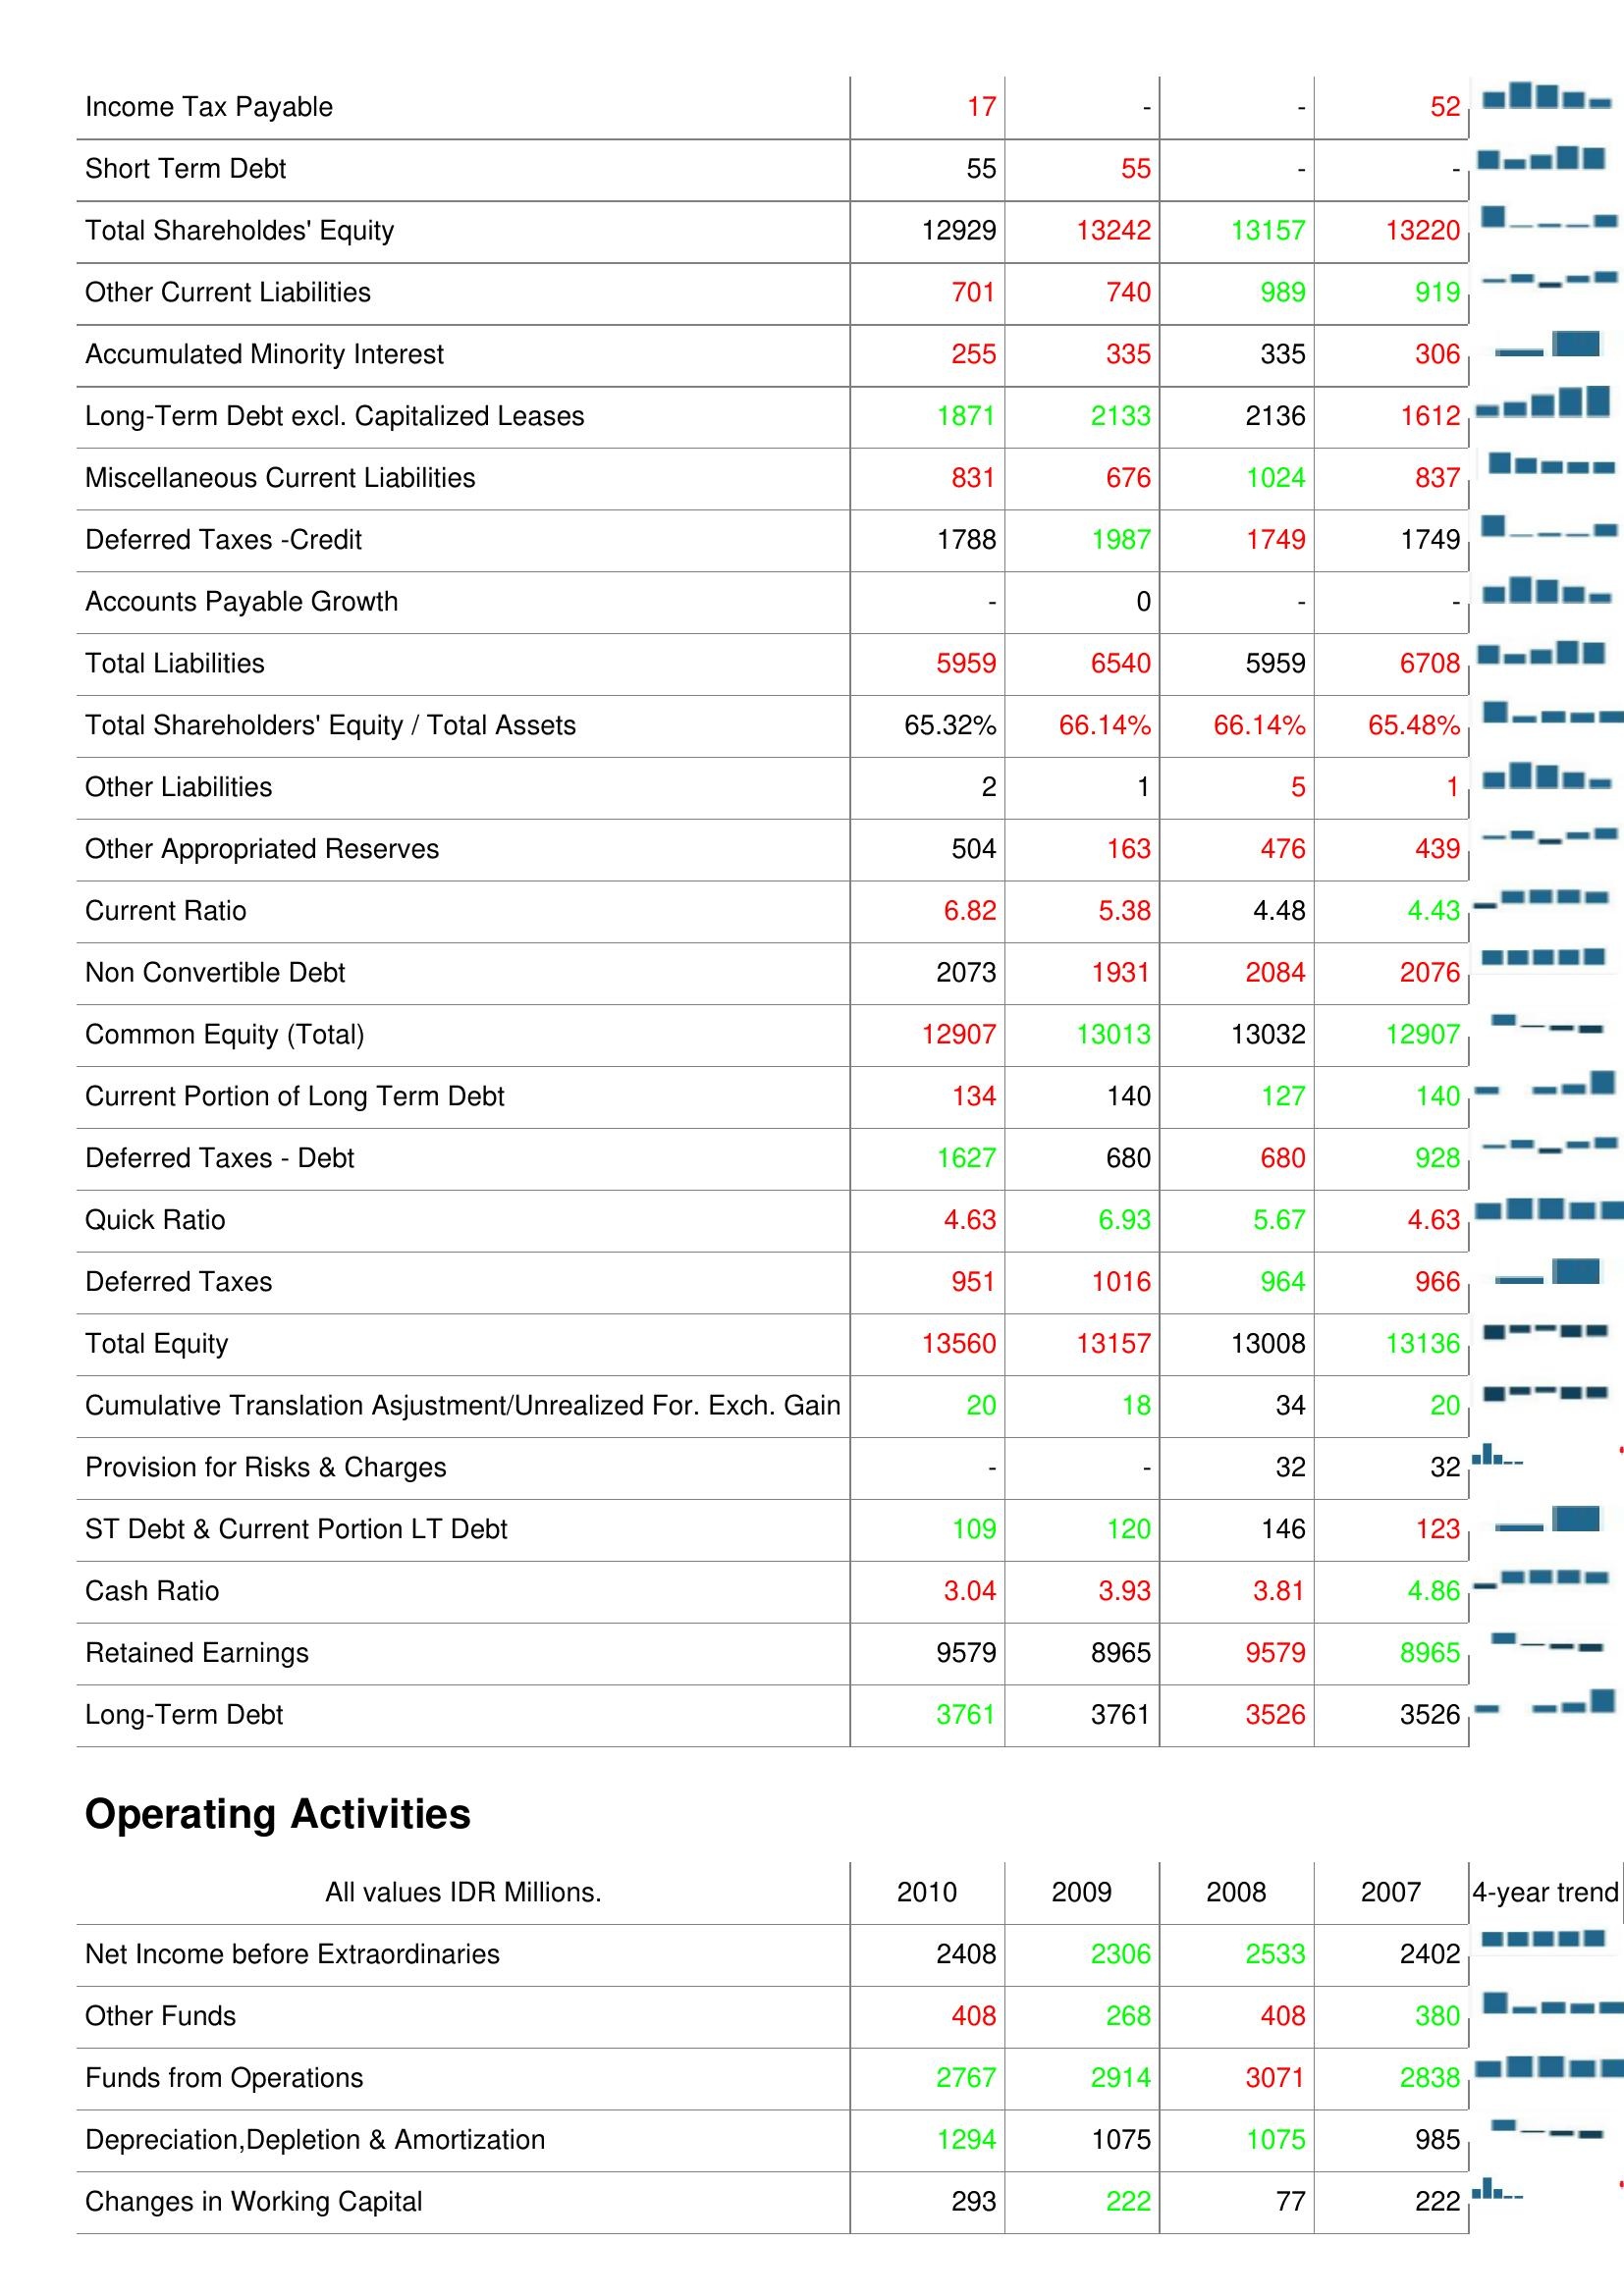
2010: Liabilities & Shareholder's Equity: Income Tax Payable: 17
Short Term Debt: 55
Total Shareholdes' Equity: 12929
Other Current Liabilities: 701
Accumulated Minority Interest: 255
Long-Term Debt excl. Capitalized Leases: 1871
Miscellaneous Current Liabilities: 831
Deferred Taxes -Credit: 1788
Accounts Payable Growth: -
Total Liabilities: 5959
Total Shareholders' Equity / Total Assets: 65.32%
Other Liabilities: 2
Other Appropriated Reserves: 504
Current Ratio: 6.82
Non Convertible Debt: 2073
Common Equity (Total): 12907
Current Portion of Long Term Debt: 134
Deferred Taxes - Debt: 1627
Quick Ratio: 4.63
Deferred Taxes: 951
Total Equity: 13560
Cumulative Translation Asjustment/Unrealized For. Exch. Gain: 20
Provision for Risks & Charges: -
ST Debt & Current Portion LT Debt: 109
Cash Ratio: 3.04
Retained Earnings: 9579
Long-Term Debt: 3761
Operating Activities: Net Income before Extraordinaries: 2408
Other Funds: 408
Funds from Operations: 2767
Depreciation,Depletion & Amortization: 1294
Changes in Working Capital: 293
2009: Liabilities & Shareholder's Equity: Income Tax Payable: -
Short Term Debt: 55
Total Shareholdes' Equity: 13242
Other Current Liabilities: 740
Accumulated Minority Interest: 335
Long-Term Debt excl. Capitalized Leases: 2133
Miscellaneous Current Liabilities: 676
Deferred Taxes -Credit: 1987
Accounts Payable Growth: 0
Total Liabilities: 6540
Total Shareholders' Equity / Total Assets: 66.14%
Other Liabilities: 1
Other Appropriated Reserves: 163
Current Ratio: 5.38
Non Convertible Debt: 1931
Common Equity (Total): 13013
Current Portion of Long Term Debt: 140
Deferred Taxes - Debt: 680
Quick Ratio: 6.93
Deferred Taxes: 1016
Total Equity: 13157
Cumulative Translation Asjustment/Unrealized For. Exch. Gain: 18
Provision for Risks & Charges: -
ST Debt & Current Portion LT Debt: 120
Cash Ratio: 3.93
Retained Earnings: 8965
Long-Term Debt: 3761
Operating Activities: Net Income before Extraordinaries: 2306
Other Funds: 268
Funds from Operations: 2914
Depreciation,Depletion & Amortization: 1075
Changes in Working Capital: 222
2008: Liabilities & Shareholder's Equity: Income Tax Payable: -
Short Term Debt: -
Total Shareholdes' Equity: 13157
Other Current Liabilities: 989
Accumulated Minority Interest: 335
Long-Term Debt excl. Capitalized Leases: 2136
Miscellaneous Current Liabilities: 1024
Deferred Taxes -Credit: 1749
Accounts Payable Growth: -
Total Liabilities: 5959
Total Shareholders' Equity / Total Assets: 66.14%
Other Liabilities: 5
Other Appropriated Reserves: 476
Current Ratio: 4.48
Non Convertible Debt: 2084
Common Equity (Total): 13032
Current Portion of Long Term Debt: 127
Deferred Taxes - Debt: 680
Quick Ratio: 5.67
Deferred Taxes: 964
Total Equity: 13008
Cumulative Translation Asjustment/Unrealized For. Exch. Gain: 34
Provision for Risks & Charges: 32
ST Debt & Current Portion LT Debt: 146
Cash Ratio: 3.81
Retained Earnings: 9579
Long-Term Debt: 3526
Operating Activities: Net Income before Extraordinaries: 2533
Other Funds: 408
Funds from Operations: 3071
Depreciation,Depletion & Amortization: 1075
Changes in Working Capital: 77
2007: Liabilities & Shareholder's Equity: Income Tax Payable: 52
Short Term Debt: -
Total Shareholdes' Equity: 13220
Other Current Liabilities: 919
Accumulated Minority Interest: 306
Long-Term Debt excl. Capitalized Leases: 1612
Miscellaneous Current Liabilities: 837
Deferred Taxes -Credit: 1749
Accounts Payable Growth: -
Total Liabilities: 6708
Total Shareholders' Equity / Total Assets: 65.48%
Other Liabilities: 1
Other Appropriated Reserves: 439
Current Ratio: 4.43
Non Convertible Debt: 2076
Common Equity (Total): 12907
Current Portion of Long Term Debt: 140
Deferred Taxes - Debt: 928
Quick Ratio: 4.63
Deferred Taxes: 966
Total Equity: 13136
Cumulative Translation Asjustment/Unrealized For. Exch. Gain: 20
Provision for Risks & Charges: 32
ST Debt & Current Portion LT Debt: 123
Cash Ratio: 4.86
Retained Earnings: 8965
Long-Term Debt: 3526
Operating Activities: Net Income before Extraordinaries: 2402
Other Funds: 380
Funds from Operations: 2838
Depreciation,Depletion & Amortization: 985
Changes in Working Capital: 222